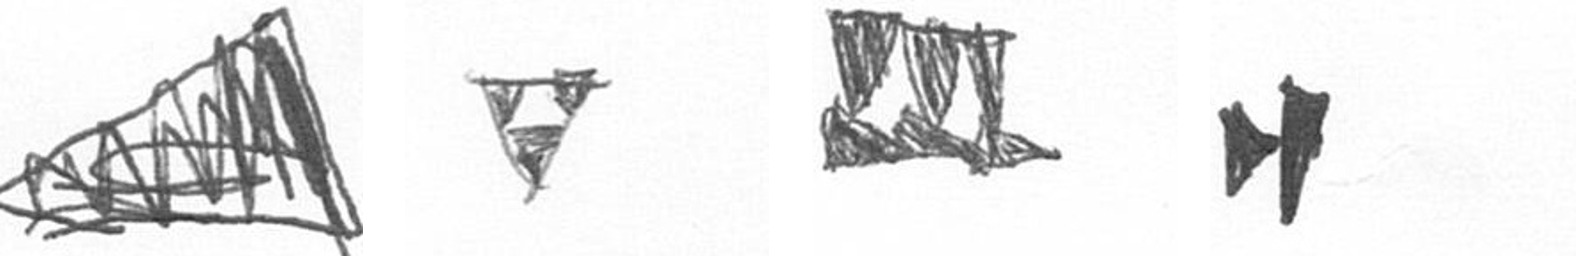
O S D M